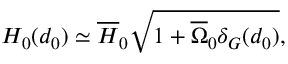
H _ { 0 } ( d _ { 0 } ) \simeq { \overline { { { H } } } _ { 0 } } \sqrt { 1 + { \overline { { { \Omega } } } _ { 0 } } \delta _ { G } ( d _ { 0 } ) } ,